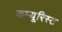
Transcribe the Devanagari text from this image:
कम्यूरिस्ट